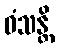
ဓံသန္တိ